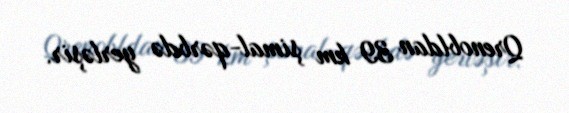
Qrenobldan 39 km şimal-qərbdə yerləşir.